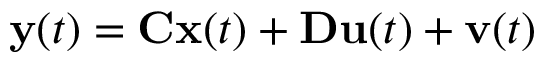
\mathbf { y } ( t ) = \mathbf { C } \mathbf { x } ( t ) + \mathbf { D } \mathbf { u } ( t ) + \mathbf { v } ( t )